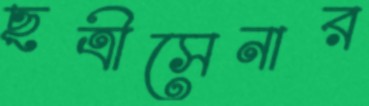
ছত্রীসেনার